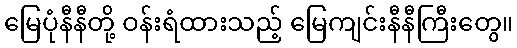
မြေပုံနီနီတို့ ဝန်းရံထားသည့် မြေကျင်းနီနီကြီးတွေ။